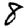
Digit: 8